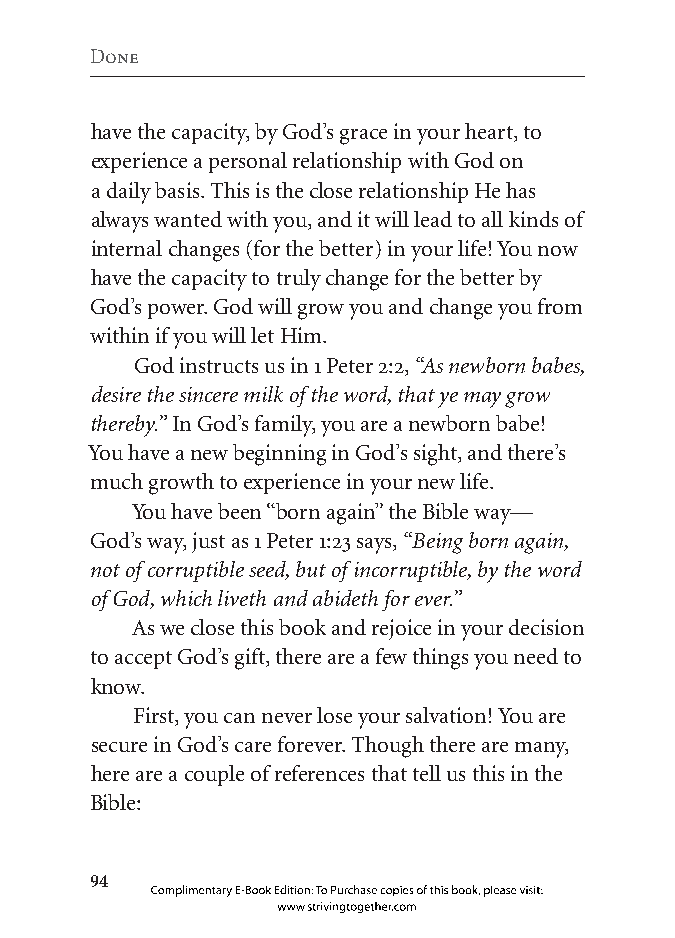
Done
 have the capacity, by God’s grace in your heart, to
 experience a personal relationship with God on
 a daily basis. This is the close relationship He has
 always wanted with you, and it will lead to all kinds of
 internal changes (for the better) in your life! You now
 have the capacity to truly change for the better by
 God’s power. God will grow you and change you from
 within if you will let Him.
 God instructs us in 1 Peter 2:2, “As newborn babes,
 desire the sincere milk of the word, that ye may grow
 thereby.” In God’s family, you are a newborn babe!
 You have a new beginning in God’s sight, and there’s
 much growth to experience in your new life.
 You have been “born again” the Bible way—
 God’s way, just as 1 Peter 1:23 says, “Being born again,
 not of corruptible seed, but of incorruptible, by the word
 of God, which liveth and abideth for ever.”
 As we close this book and rejoice in your decision
 to accept God’s gift, there are a few things you need to
 know.
 First, you can never lose your salvation! You are
 secure in God’s care forever. Though there are many,
 here are a couple of references that tell us this in the
 Bible:
 
 Complimentary E-Book Edition: To Purchase copies of this book, please visit:
 www.strivingtogether.com